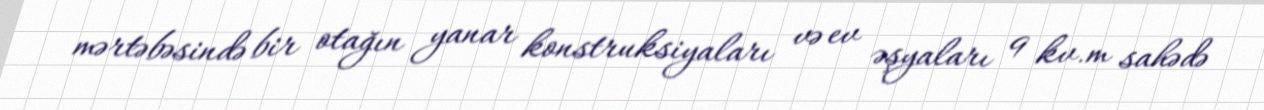
mərtəbəsində bir otağın yanar konstruksiyaları və ev əşyaları 9 kv.m sahədə